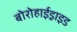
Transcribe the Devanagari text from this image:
बोरोहाईड्राइड